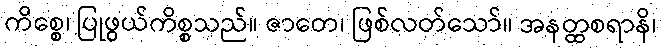
ကိစ္စေ၊ ပြုဖွယ်ကိစ္စသည်။ ဇာတေ၊ ဖြစ်လတ်သော်။ အနတ္ထစရာနိ၊